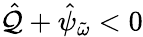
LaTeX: \hat{\mathcal{Q}}+\hat{\psi}_{\tilde{\omega}}<0